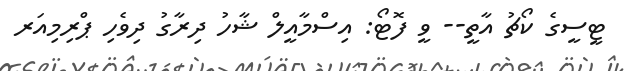
ޓީސީގެ ކޯޗު އާތީ-- ވީ ފޮޓޯ: އިސްމާއީލް ޝާހު ދިރާގު ދިވެހި ޕްރިމިއަރ